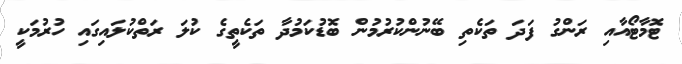
ޓޮމާޓޯއާއި ރަންގު ފަދަ ތަކެތި ބޭނުންކުރުމުން ބޮޑުކަމުދާ ތަކެތީގެ ކުލަ ރަތްކުލައިގައި ހުރުމަކީ